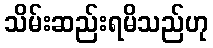
သိမ်းဆည်းရမိသည်ဟု